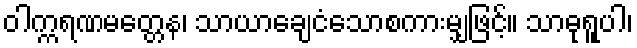
ဝါက္ကရဏမတ္တေန၊ သာယာချေငံသောစကားမျှဖြင့်။ သာဓုရူပါ၊